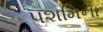
પશમિના